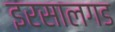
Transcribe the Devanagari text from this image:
इरसालगड